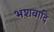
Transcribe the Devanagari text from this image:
भशवादि